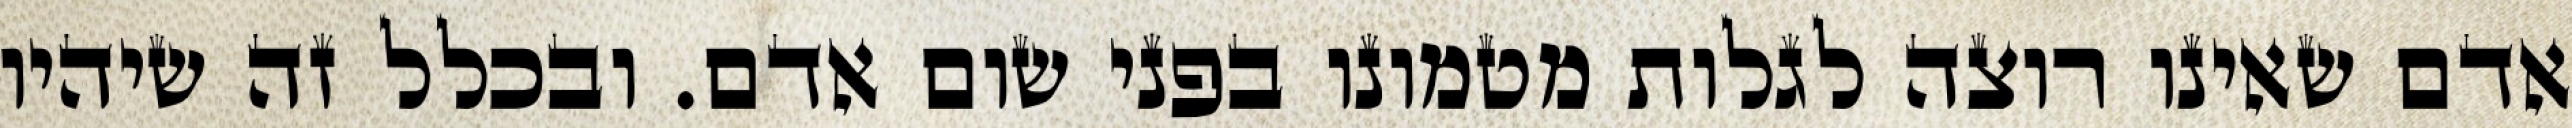
אדם שאינו רוצה לגלות מטמונו בפני שום אדם. ובכלל זה שיהיו